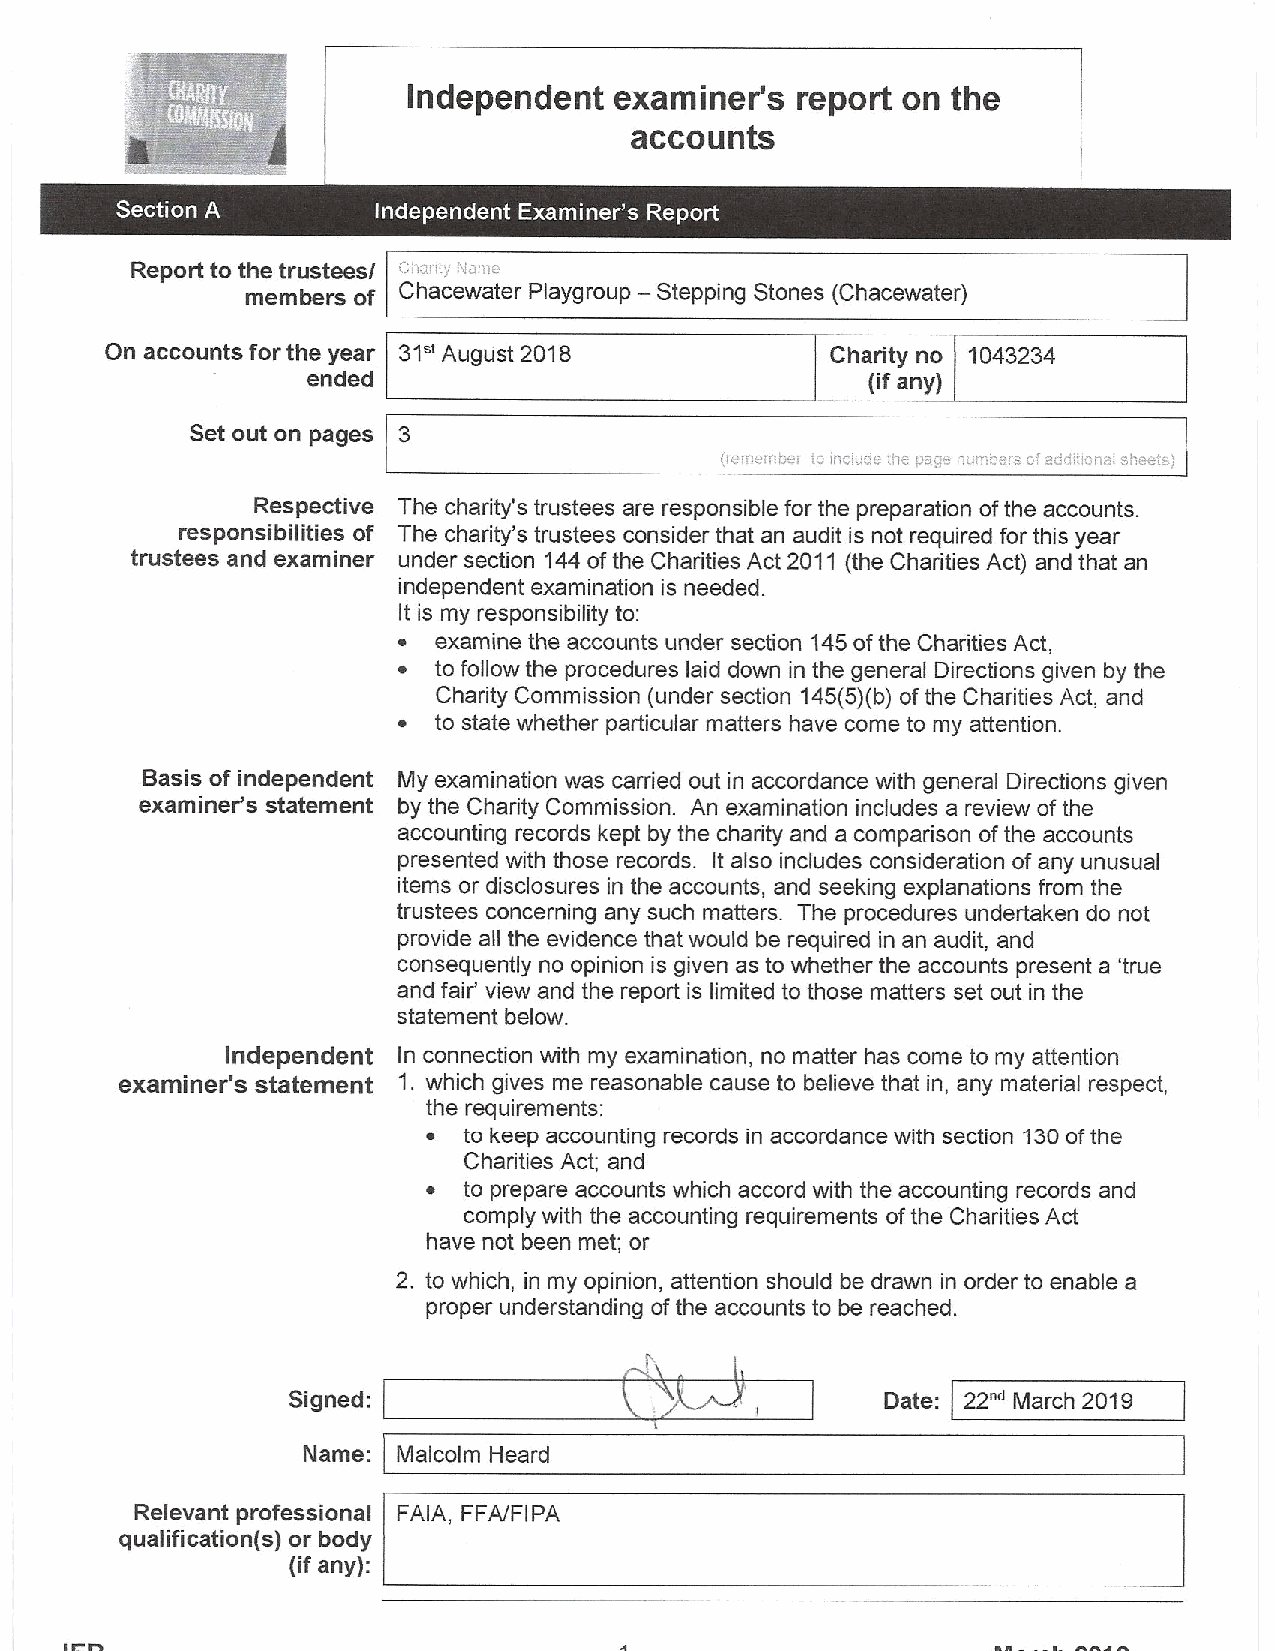
Independent   examiner's  report on the
 accounts
 ~ ~
 Report to the trustees/ Cll:fIL/ IL'=ll'I*.
 —
 members of Chacewater Playgroup Stepping Stones (Chacewater)
 On accounts for the year 31" August 2018        Chadty no 1043234
 ended                                 (ifany}
 Set out on pages 3
 Respective The charity's trustees are responsible for the preparation ofthe accounts.
 responsibilities of The charity's trustees consider that an audit is not required for this year
 trustees and examiner under section 144ofthe Charities Act 2011 (the Charities Act) and that an
 independent examination is needed.
 It is my responsibility to:
 ~  examine the accounts under section 145ofthe Charities Act,
 ~  to follow the procedures laid down in the general Directions given by the
 Charity Commission (under section 145(5)(b) ofthe Charities Act, and
 ~  to state whether particular matters have come to my attention.
 Basis of independent My examination was carried out in accordance with general Directions given
 examiner's statement by the Charity Commission. An examination includes a review ofthe
 accounting records kept by the charity and a comparison ofthe accounts
 presented with those records. It also includes consideration ofany unusual
 items or disclosures in the accounts, and seeking explanations from the
 trustees concerning any such matters. The procedures undertaken do not
 provide all the evidence that would be required in an audit, and
 consequently no opinion is given as to whether the accounts present a 'true
 and fair' view and the report is limited to those matters set out in the
 statement below.
 Independent In connection with my examination, no matter has come to my attention
 examiner's statement 1. which gives me reasonable cause to believe that in, any material respect,
 the requirements:
 ~  to keep accounting records in accordance with section 130ofthe
 Charities Act; and
 ~  to prepare accounts which accord with the accounting records and
 comply with the accounting requirements ofthe Charities Act
 have not been met; or
 2. to which, in my opinion, attention should be drawn in order to enable a
 proper understanding ofthe accounts to be reached.
 Signed:                                 Date: 22"' March 2019
 Name: Malcolm Heard
 Relevant professional FAIA, FFA/FIPA
 qualification{s) or body
 (if any):